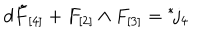
d \tilde { F } _ { [ 4 ] } + F _ { [ 2 ] } \wedge F _ { [ 3 ] } = { } ^ { * } \! j _ { 4 }